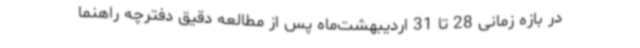
در بازه زمانی 28 تا 31 اردیبهشت‌ماه پس از مطالعه دقیق دفترچه راهنما